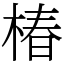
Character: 椿